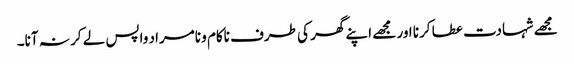
مجھے شہادت عطا کرنا اور مجھے اپنے گھر کی طرف ناکام و نامراد واپس لے کر نہ آنا۔